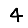
Digit: 4